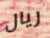
ريال